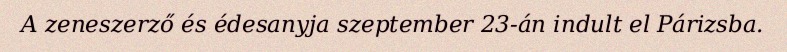
A zeneszerző és édesanyja szeptember 23-án indult el Párizsba.